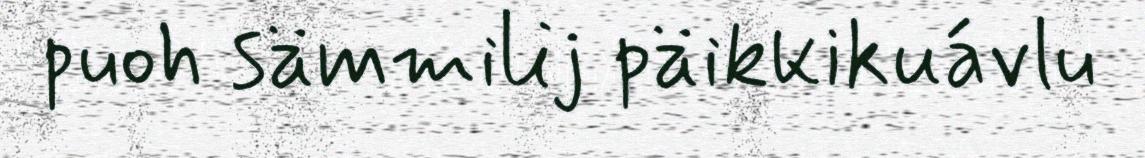
puoh sämmilij päikkikuávlu